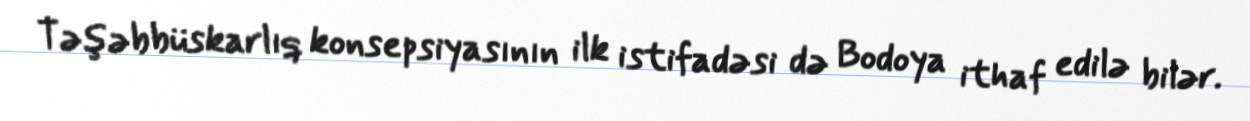
Təşəbbüskarlıq konsepsiyasının ilk istifadəsi də Bodoya ithaf edilə bilər.